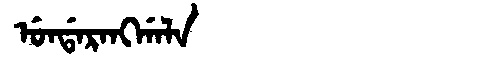
Manchu: ᡠᠨᡩᠠᡵᠠᠩᡤᠠᠯᠠ
Romanization: UNDARANGGALA